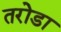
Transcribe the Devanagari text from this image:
तरोडा